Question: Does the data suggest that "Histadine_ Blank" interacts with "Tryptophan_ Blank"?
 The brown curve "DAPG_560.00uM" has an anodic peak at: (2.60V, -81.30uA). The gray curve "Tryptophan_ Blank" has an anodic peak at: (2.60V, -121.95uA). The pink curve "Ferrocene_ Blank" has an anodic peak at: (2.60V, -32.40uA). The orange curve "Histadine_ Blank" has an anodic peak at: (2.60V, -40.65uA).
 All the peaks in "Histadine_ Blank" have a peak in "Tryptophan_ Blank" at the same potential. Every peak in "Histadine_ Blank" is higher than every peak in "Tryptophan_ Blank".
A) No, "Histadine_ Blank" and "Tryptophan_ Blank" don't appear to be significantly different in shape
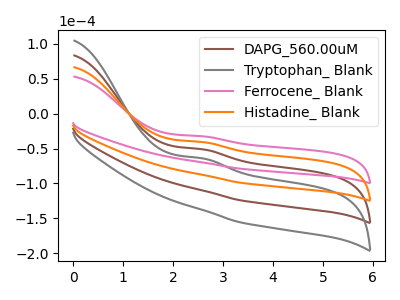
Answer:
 <answer>A) No, "Histadine_ Blank" and "Tryptophan_ Blank" don't appear to be significantly different in shape</answer>
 <eval>A</eval>